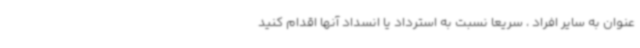
عنوان به سایر افراد ، سریعا نسبت به استرداد یا انسداد آنها اقدام کنید